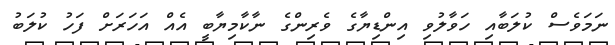
ނަމަވެސް ކުލަބާއި ހަވާލުވި އިންޑިޔާގެ ވެރިންގެ ނާކާމިޔާބީ އެއް އަހަރަށް ފަހު ކުލަބު